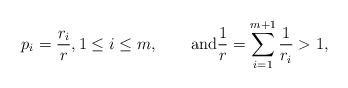
LaTeX: \begin{align*}p_i=\frac{r_i}{r},1\le i\le m,\qquad\mbox{and}\frac1r=\sum_{i=1}^{m+1} \frac1{r_i}>1,\end{align*}